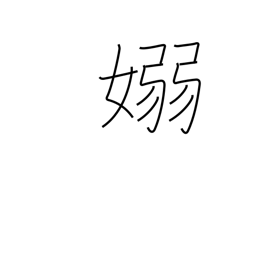
Meaning: pliant